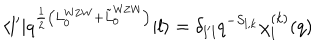
\langle l ^ { \prime } | q ^ { { \frac { 1 } { 2 } } \left( L _ { 0 } ^ { \mathrm { W Z W } } + { \tilde { L } } _ { 0 } ^ { \mathrm { W Z W } } \right) } | l \rangle = \delta _ { l ^ { \prime } l } q ^ { - S _ { l , k } } \chi _ { l } ^ { ( k ) } ( q )